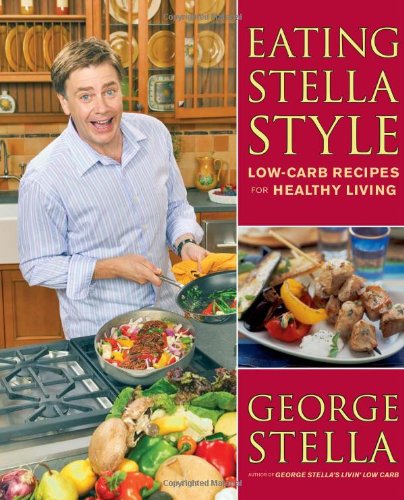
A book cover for Eating Stella Style: Low-Carb Recipes for Healthy Living; George Stella; Cookbooks, Food & Wine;